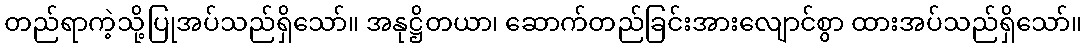
တည်ရာကဲ့သို့ပြုအပ်သည်ရှိသော်။ အနုဋ္ဌိတယာ၊ ဆောက်တည်ခြင်းအားလျောင်စွာ ထားအပ်သည်ရှိသော်။